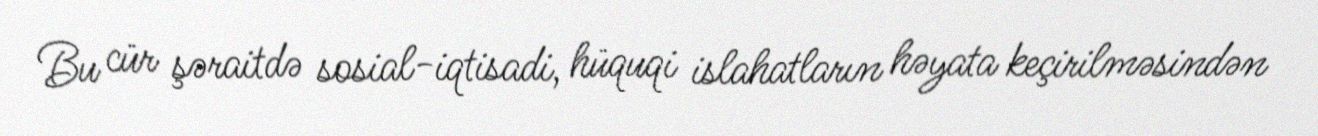
Bu cür şəraitdə sosial-iqtisadi, hüquqi islahatların həyata keçirilməsindən